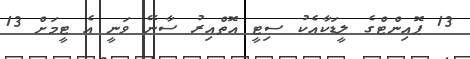
13 ޕޮއިންޓްގެ ލީޑަކާއެކު ސިޓީ އޮތްއިރު ސާނޭ ވަނީ އެ ޓީމަށް 13